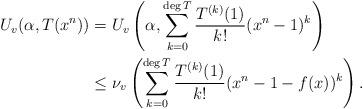
LaTeX: \begin{align*} U_v(\alpha, T(x^n)) & = U_v\left(\alpha, \sum_{k=0}^{\deg T}\frac{T^{(k)}(1)}{k!}(x^n-1)^k\right) \\ & \leq \nu_v\left( \sum_{k=0}^{\deg T}\frac{T^{(k)}(1)}{k!}(x^n-1-f(x))^k\right). \end{align*}